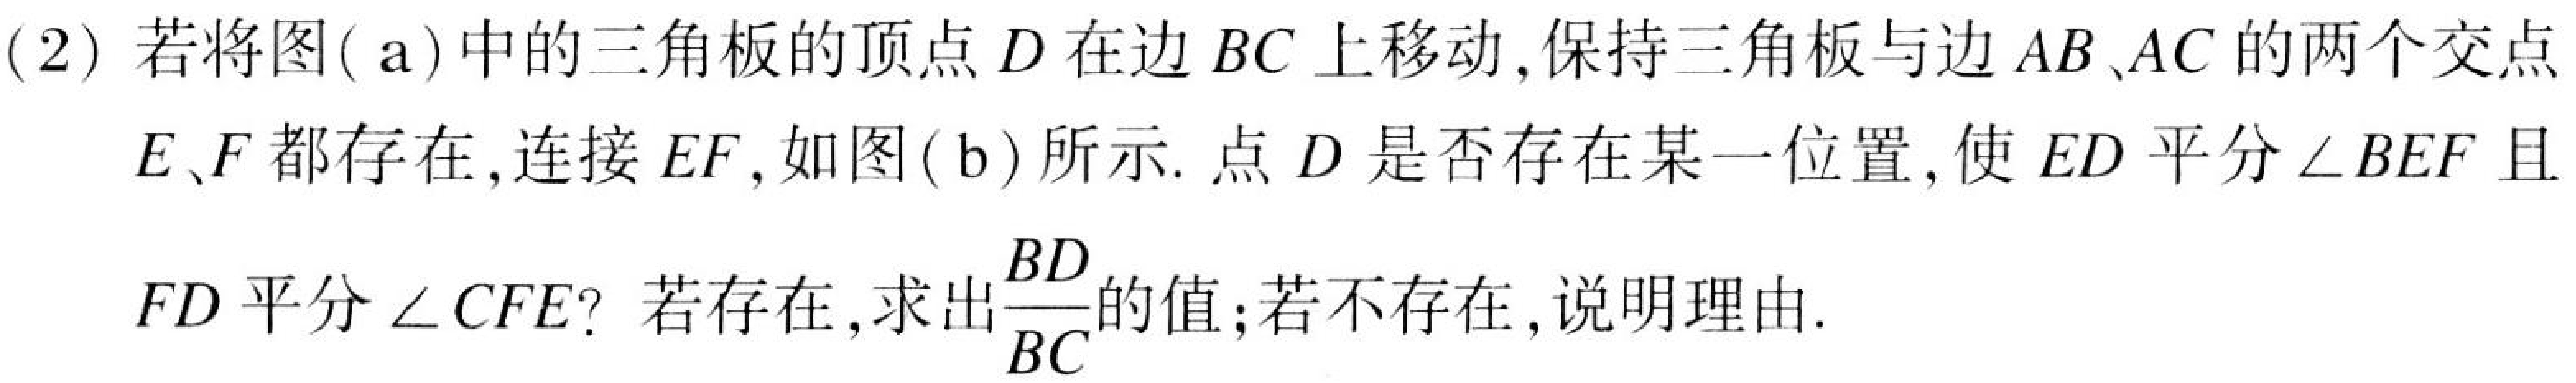
(2) 若将图( a)中的三角板的顶点\(D\)在边\(BC\)上移动,保持三角板与边\(AB\)、\(AC\)的两个交点\(E、F\)都存在,连接\(EF\),如图( b)所示. 点\(D\)是否存在某一位置,使\(ED\)平分\(\angle BEF\)且\(FD\)平分\(\angle CFE\)? 若存在,求出\(\frac{BD}{BC}\)的值;若不存在,说明理由.